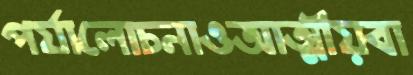
পর্যালোচনাওআত্মীয়বা